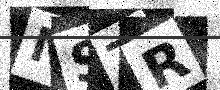
Text: NSTR